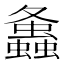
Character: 𧔔